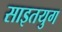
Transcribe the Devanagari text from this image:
साइतयुग